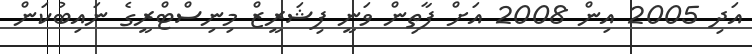
އަދި 2005 އިން 2008 އަށް ފާތިން ވަނީ ފިޝަރީޒް މިނިސްޓްރީގެ ނައިބުކަން